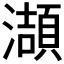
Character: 𤂌